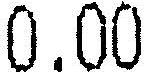
0.00